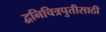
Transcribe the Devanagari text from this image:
द्वनिचित्रपुतीसाठी